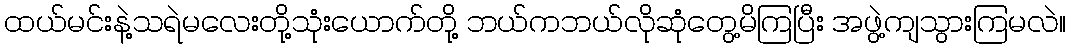
ထယ်မင်းနဲ့သရဲမလေးတို့သုံးယောက်တို့ ဘယ်ကဘယ်လိုဆုံတွေ့မိကြပြီး အဖွဲ့ကျသွားကြမလဲ။